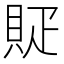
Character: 䝪